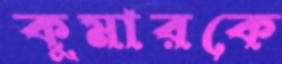
কুমারকে